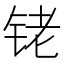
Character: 铑